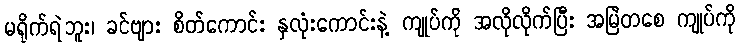
မရိုက်ရဲဘူး၊ ခင်ဗျား စိတ်ကောင်း နှလုံးကောင်းနဲ့ ကျုပ်ကို အလိုလိုက်ပြီး အမြဲတစေ ကျုပ်ကို